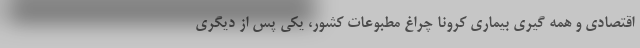
اقتصادی و همه گیری بیماری کرونا چراغ مطبوعات کشور، یکی پس از دیگری